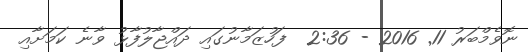
ނޮވެމްބަރު 11